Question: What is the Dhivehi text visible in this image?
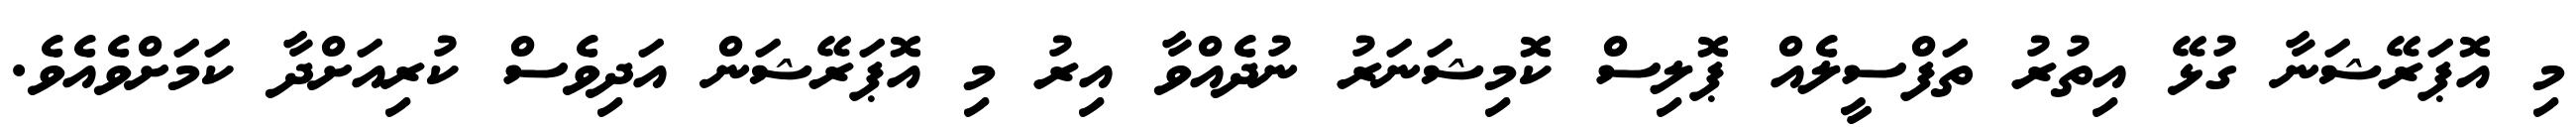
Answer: މި އޮޕަރޭޝަނާ ގުޅޭ އިތުރު ތަފްސީލެއް ޕޮލިސް ކޮމިޝަނަރު ނުދެއްވާ އިރު މި އޮޕަރޭޝަން އަދިވެސް ކުރިއަށްދާ ކަމަށްވެއެވެ.